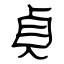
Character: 貞